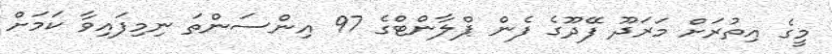
މީގެ އިތުރަށް މަރަދޫ ފޭދޫގެ ފެން ޕްލާންޓްގެ 97 އިންސަންތަ ނިމިފައިވާ ކަމަށް